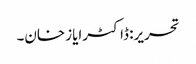
تحریر: ڈاکٹرایاز خان۔